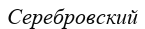
Серебровский